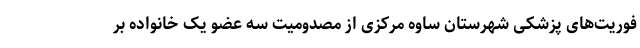
فوریت‌های پزشکی شهرستان ساوه مرکزی از مصدومیت سه عضو یک خانواده بر